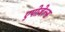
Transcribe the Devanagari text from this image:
एपोज़ेल्स